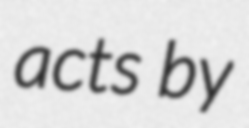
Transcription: acts by